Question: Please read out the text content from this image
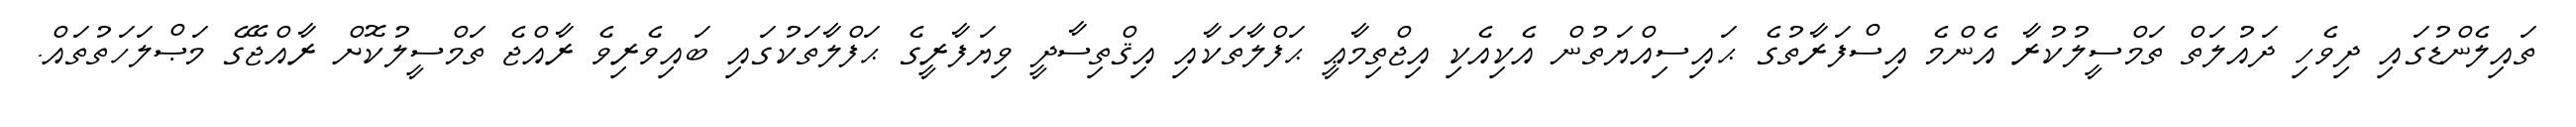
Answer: ތައިލެންޑުގައި ދިވެހި ދައުލަތް ތަމްސީލުކުރާ އެންމެ އިސްފަރާތުގެ ޙައިސިއްޔަތުން އެކިއެކި އިޖްތިމާޢީ ޙަފްލާތަކާއި އިޤްތިސާދީ ވިޔަފާރީގެ ޙަފްލާތަކުގައި ބައިވެރިވެ ރާއްޖެ ތަމްސީލުކޮށް ރާއްޖޭގެ މަޞްލަހަތުތައް.